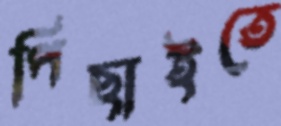
পিছাইতে